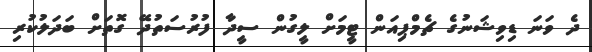
ދެ ވަނަ ޑިވިޝަނުގެ ޗެމްޕިއަން ޓީމަށް ލީގުން ސީދާ ފުރުސަތުދޭ ގޮތަށް ބަދަލުކުރި